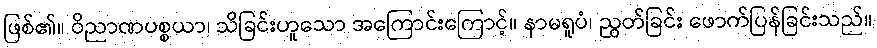
ဖြစ်၏။ ဝိညာဏပစ္စယာ၊ သိခြင်းဟူသော အကြောင်းကြောင့်။ နာမရူပံ၊ ညွတ်ခြင်း ဖောက်ပြန်ခြင်းသည်။